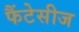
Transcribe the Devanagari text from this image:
फैंटेसीज